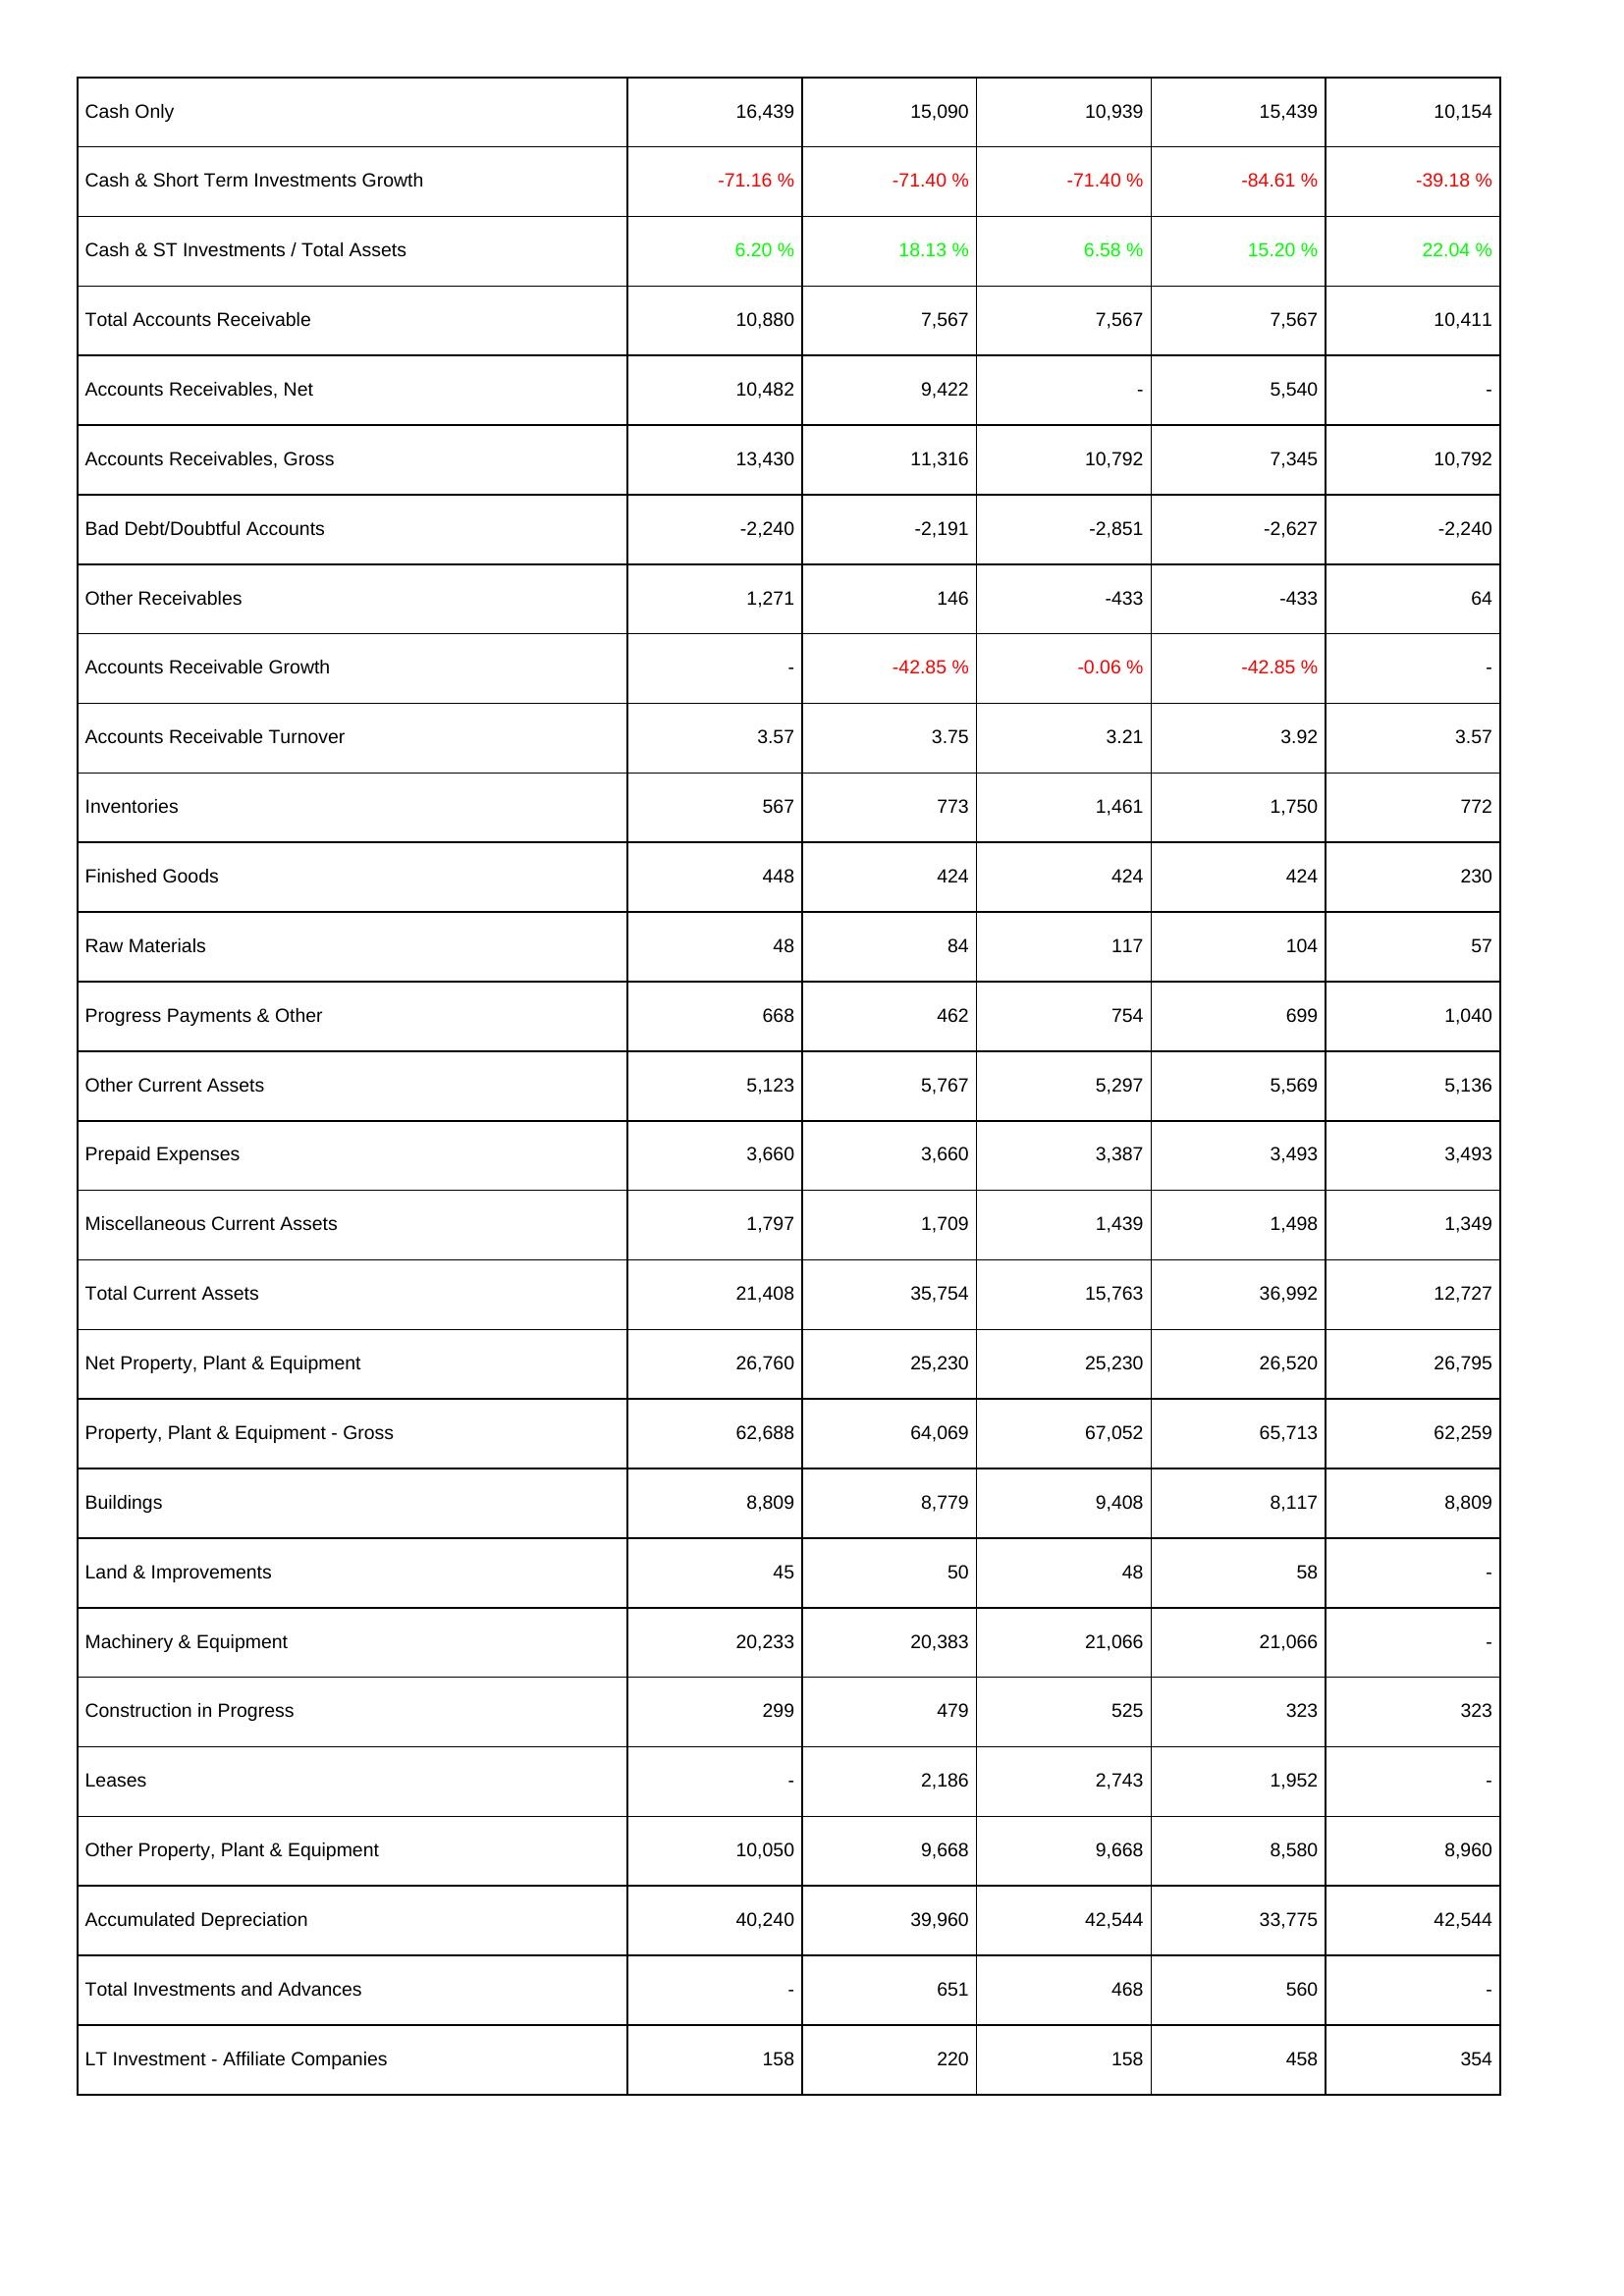
2023: Assets: Cash Only: 16,439
Cash & Short Term Investments Growth: -71.16 %
Cash & ST Investments / Total Assets: 6.20 %
Total Accounts Receivable: 10,880
Accounts Receivables, Net: 10,482
Accounts Receivables, Gross: 13,430
Bad Debt/Doubtful Accounts: -2,240
Other Receivables: 1,271
Accounts Receivable Growth: -
Accounts Receivable Turnover: 3.57
Inventories: 567
Finished Goods: 448
Raw Materials: 48
Progress Payments & Other: 668
Other Current Assets: 5,123
Prepaid Expenses: 3,660
Miscellaneous Current Assets: 1,797
Total Current Assets: 21,408
Net Property, Plant & Equipment: 26,760
Property, Plant & Equipment - Gross: 62,688
Buildings: 8,809
Land & Improvements: 45
Machinery & Equipment: 20,233
Construction in Progress: 299
Leases: -
Other Property, Plant & Equipment: 10,050
Accumulated Depreciation: 40,240
Total Investments and Advances: -
LT Investment - Affiliate Companies: 158
2022: Assets: Cash Only: 15,090
Cash & Short Term Investments Growth: -71.40 %
Cash & ST Investments / Total Assets: 18.13 %
Total Accounts Receivable: 7,567
Accounts Receivables, Net: 9,422
Accounts Receivables, Gross: 11,316
Bad Debt/Doubtful Accounts: -2,191
Other Receivables: 146
Accounts Receivable Growth: -42.85 %
Accounts Receivable Turnover: 3.75
Inventories: 773
Finished Goods: 424
Raw Materials: 84
Progress Payments & Other: 462
Other Current Assets: 5,767
Prepaid Expenses: 3,660
Miscellaneous Current Assets: 1,709
Total Current Assets: 35,754
Net Property, Plant & Equipment: 25,230
Property, Plant & Equipment - Gross: 64,069
Buildings: 8,779
Land & Improvements: 50
Machinery & Equipment: 20,383
Construction in Progress: 479
Leases: 2,186
Other Property, Plant & Equipment: 9,668
Accumulated Depreciation: 39,960
Total Investments and Advances: 651
LT Investment - Affiliate Companies: 220
2021: Assets: Cash Only: 10,939
Cash & Short Term Investments Growth: -71.40 %
Cash & ST Investments / Total Assets: 6.58 %
Total Accounts Receivable: 7,567
Accounts Receivables, Net: -
Accounts Receivables, Gross: 10,792
Bad Debt/Doubtful Accounts: -2,851
Other Receivables: -433
Accounts Receivable Growth: -0.06 %
Accounts Receivable Turnover: 3.21
Inventories: 1,461
Finished Goods: 424
Raw Materials: 117
Progress Payments & Other: 754
Other Current Assets: 5,297
Prepaid Expenses: 3,387
Miscellaneous Current Assets: 1,439
Total Current Assets: 15,763
Net Property, Plant & Equipment: 25,230
Property, Plant & Equipment - Gross: 67,052
Buildings: 9,408
Land & Improvements: 48
Machinery & Equipment: 21,066
Construction in Progress: 525
Leases: 2,743
Other Property, Plant & Equipment: 9,668
Accumulated Depreciation: 42,544
Total Investments and Advances: 468
LT Investment - Affiliate Companies: 158
2020: Assets: Cash Only: 15,439
Cash & Short Term Investments Growth: -84.61 %
Cash & ST Investments / Total Assets: 15.20 %
Total Accounts Receivable: 7,567
Accounts Receivables, Net: 5,540
Accounts Receivables, Gross: 7,345
Bad Debt/Doubtful Accounts: -2,627
Other Receivables: -433
Accounts Receivable Growth: -42.85 %
Accounts Receivable Turnover: 3.92
Inventories: 1,750
Finished Goods: 424
Raw Materials: 104
Progress Payments & Other: 699
Other Current Assets: 5,569
Prepaid Expenses: 3,493
Miscellaneous Current Assets: 1,498
Total Current Assets: 36,992
Net Property, Plant & Equipment: 26,520
Property, Plant & Equipment - Gross: 65,713
Buildings: 8,117
Land & Improvements: 58
Machinery & Equipment: 21,066
Construction in Progress: 323
Leases: 1,952
Other Property, Plant & Equipment: 8,580
Accumulated Depreciation: 33,775
Total Investments and Advances: 560
LT Investment - Affiliate Companies: 458
2019: Assets: Cash Only: 10,154
Cash & Short Term Investments Growth: -39.18 %
Cash & ST Investments / Total Assets: 22.04 %
Total Accounts Receivable: 10,411
Accounts Receivables, Net: -
Accounts Receivables, Gross: 10,792
Bad Debt/Doubtful Accounts: -2,240
Other Receivables: 64
Accounts Receivable Growth: -
Accounts Receivable Turnover: 3.57
Inventories: 772
Finished Goods: 230
Raw Materials: 57
Progress Payments & Other: 1,040
Other Current Assets: 5,136
Prepaid Expenses: 3,493
Miscellaneous Current Assets: 1,349
Total Current Assets: 12,727
Net Property, Plant & Equipment: 26,795
Property, Plant & Equipment - Gross: 62,259
Buildings: 8,809
Land & Improvements: -
Machinery & Equipment: -
Construction in Progress: 323
Leases: -
Other Property, Plant & Equipment: 8,960
Accumulated Depreciation: 42,544
Total Investments and Advances: -
LT Investment - Affiliate Companies: 354